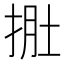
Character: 𭠾